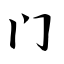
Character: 门